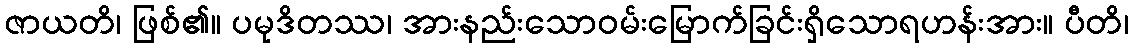
ဇာယတိ၊ ဖြစ်၏။ ပမုဒိတဿ၊ အားနည်းသောဝမ်းမြောက်ခြင်းရှိသောရဟန်းအား။ ပီတိ၊